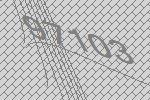
97103